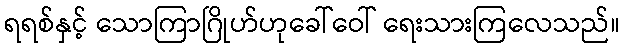
ရရစ်နှင့် သောကြာဂြိုဟ်ဟုခေါ်ဝေါ် ရေးသားကြလေသည်။